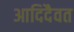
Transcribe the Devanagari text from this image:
आदिदैवत